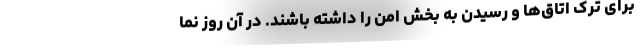
برای ترک اتاق‌ها و رسیدن به بخش امن را داشته باشند. در آن روز نما